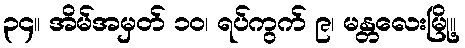
၃၄။ အိမ်အမှတ် ၁၀၊ ရပ်ကွက် ၉၊ မန္တလေးမြို့။